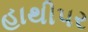
હાથીપર